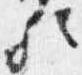
歟